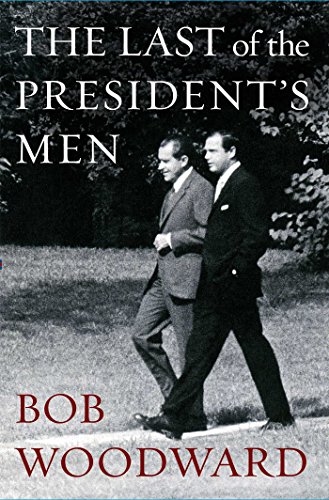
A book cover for The Last of the President's Men; Bob Woodward; History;